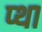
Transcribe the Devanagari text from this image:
प्था